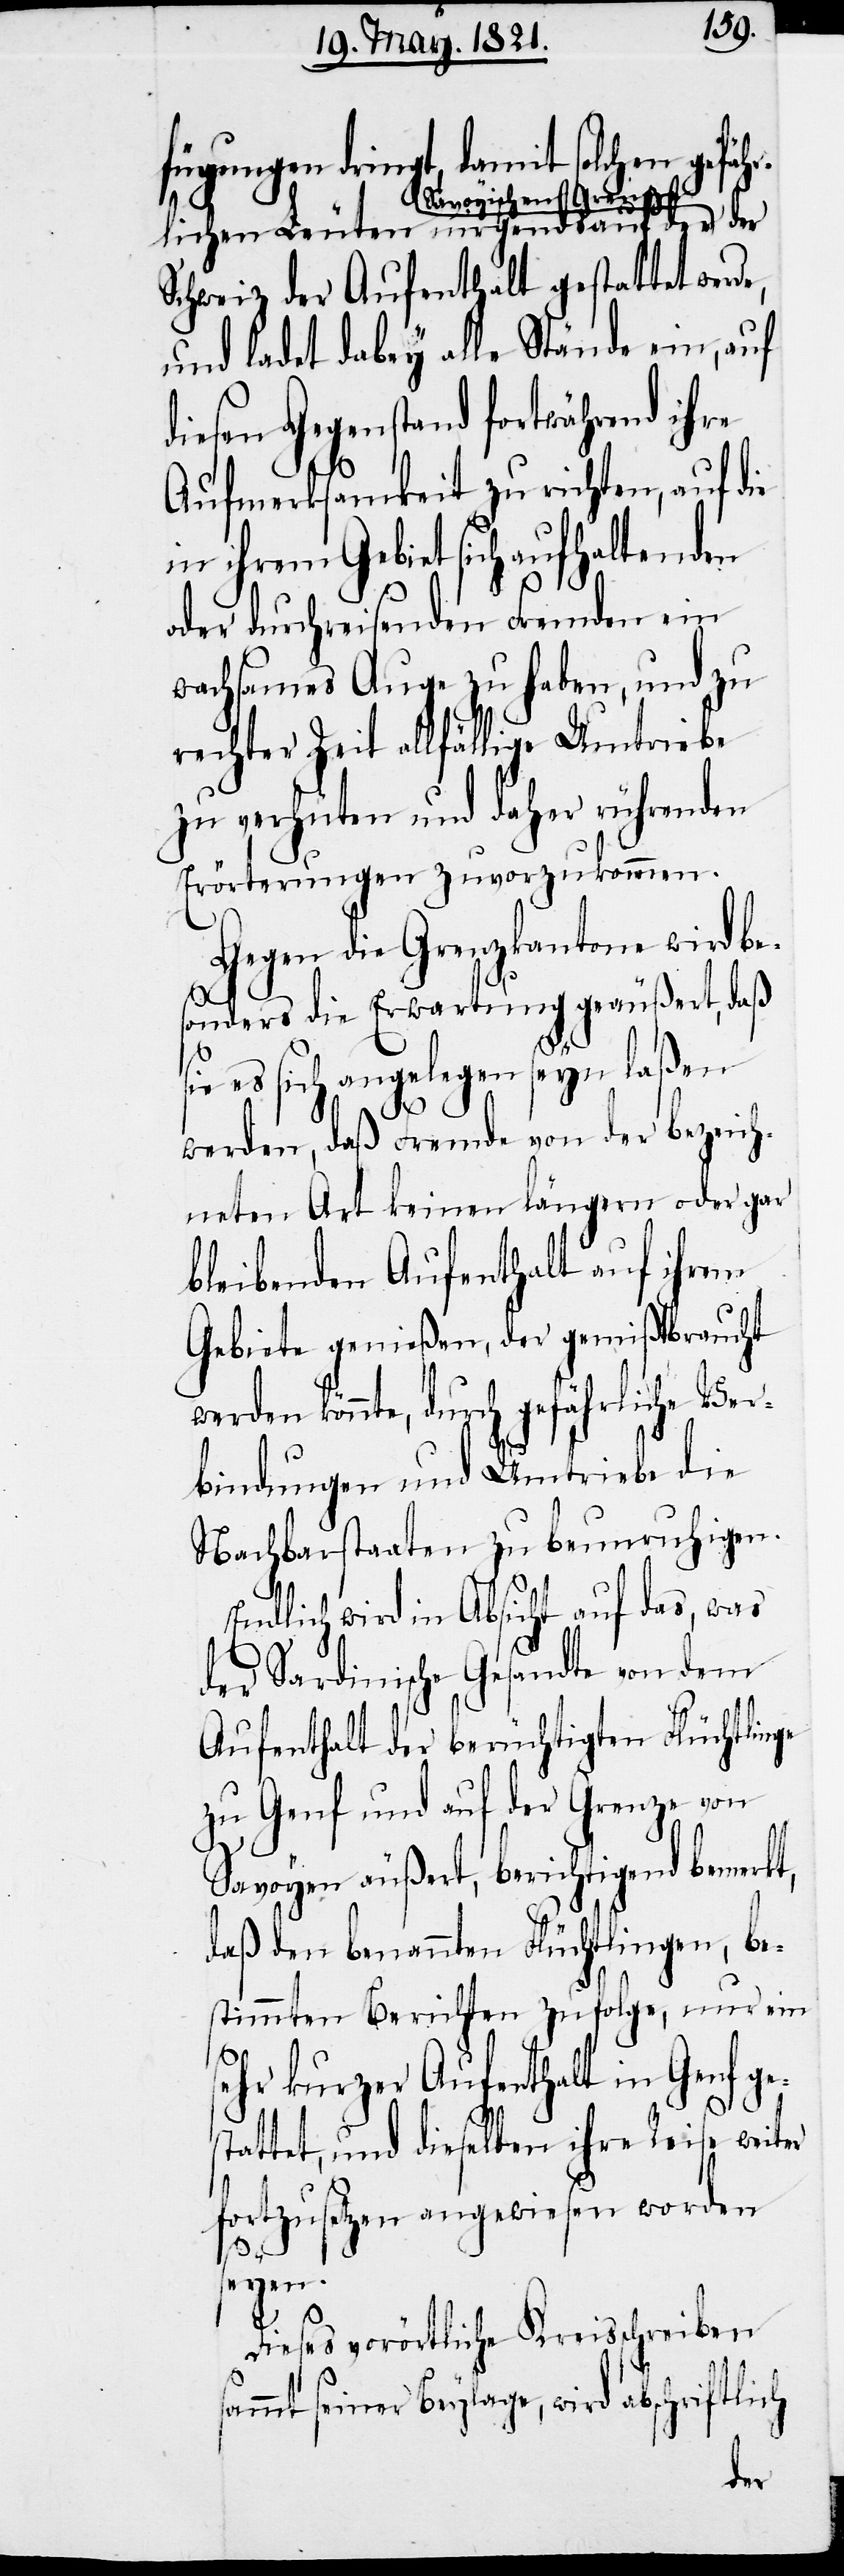
fügungen dringt, damit solchen gefähr¬
avoyischen Grenze-a
lichen Leuten nirgends auf der a-S¬
Schweiz der Aufenthalt gestattet werd¬
und ladet dabey alle Stände ein, auf
diesen Gegenstand fortwährend ihre
Aufmerksamkeit zu richten, auf die
in ihrem Gebiet sich aufhaltenden
s¬
oder durchreisenden Fremden ein
wachsames Auge zu haben, und zu
rechter Zeit allfällige Umtriebe
zu verhüten und daher rührenden
Erörterungen zuvorzukommen.
Gegen die Grenzkantone wird be¬
sonders die Erwartung geäußert, daß
ie es sich angelegen seyn laßen
werden, daß Fremde von der bezeich¬
neten Art keinen längern oder gar
bleibenden Aufenthalt auf ihrem
Gebiete genießen, der gemißbraucht
werden könnte, durch gefährliche Ver¬
bindungen und Umtriebe die
Nachbarstaaten zu beunruhigen.
Endlich wird in Absicht auf das, was
der Sardinische Gesandte von dem
Aufenthalt der berüchtigten Flüchtlinge
zu Genf und auf der Grenze von
Savoyen äußert, berichtigend bemerkt,
daß den benannten Flüchtlingen, be¬
stimmten Berichten zufolge, nur ein
sehr kurzer Aufenthalt in Genf ges¬
tattet, und dieselben ihre Reise weiter
fortzusetzen angewiesen worden
seyen.
Dieses vorörtliche Kreisschreiben
ammt seiner Beylage, wird abschriftlich
der